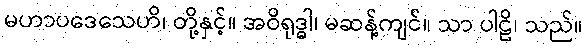
မဟာပဒေသေဟိ၊ တို့နှင့်။ အဝိရုဒ္ဓါ၊ မဆန့်ကျင်။ သာ ပါဠိ၊ သည်။